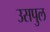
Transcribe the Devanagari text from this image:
उसपुल